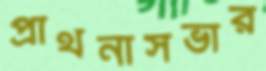
প্রার্থনাসভার